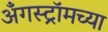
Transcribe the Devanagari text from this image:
अँगस्ट्रॉमच्या